Distribution and causation of leprosy in British India
Year: 1875
Disease focus: Leprosy
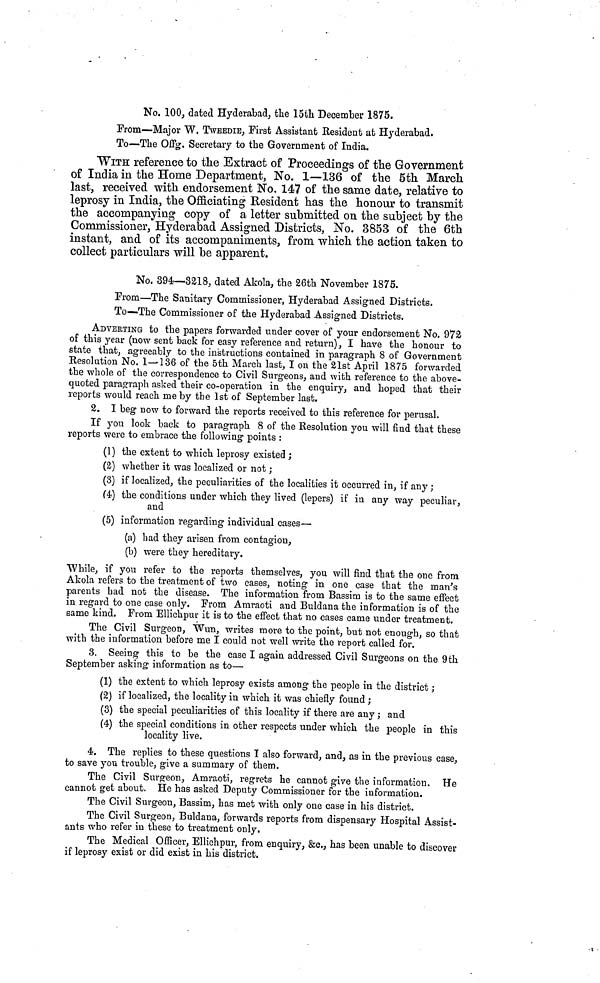
No. 100, dated Hyderabad, the 15th December 1875.
From—Major W. TWEEDIE, First Assistant Resident at Hyderabad.
To—The Offg. Secretary to the Government of India.
WITH reference to the Extract of Proceedings of the Government
of India in the Home Department, No. 1—136 of the 5th March
last, received with endorsement No. 147 of the same date, relative to
leprosy in India, the Officiating Resident has the honour to transmit
the accompanying copy of a letter submitted on the subject by the
Commissioner, Hyderabad Assigned Districts, No. 3853 of the 6th
instant, and of its accompaniments, from which the action taken to
collect particulars will be apparent.
No. 394—3218, dated Akola, the 26th November 1875.
From—The Sanitary Commissioner, Hyderabad Assigned Districts.
To—The Commissioner of the Hyderabad Assigned Districts.
ADVERTING to the papers forwarded under cover of your endorsement No. 972
of this year (now sent back for easy reference and return), I have the honour to
state that, agreeably to the instructions contained in paragraph 8 of Government
Resolution No. 1—136 of the 5th March last, I on the 21st April 1875 forwarded
the whole of the correspondence to Civil Surgeons, and with reference to the above-
quoted paragraph asked their co-operation in the enquiry, and hoped that their
reports would reach me by the 1st of September last.
2. I beg now to forward the reports received to this reference for perusal.
If you look back to paragraph 8 of the Resolution you will find that these
reports were to embrace the following points :
(1) the extent to which leprosy existed ;
(2) whether it was localized or not ;
(3) if localized, the peculiarities of the localities it occurred in, if any ;
(4) the conditions under which they lived (lepers) if in any way peculiar,
and
(5) information regarding individual cases—
(a) had they arisen from contagion,
(b) were they hereditary.
While, if you refer to the reports themselves, you will find that the one from
Akola refers to the treatment of two cases, noting in one case that the man's
parents had not the disease. The information from Bassim is to the same effect
in regard to one case only. From Amraoti and Buldana the information is of the
same kind, From Ellichpur it is to the effect that no cases came under treatment.
The Civil Surgeon, Wun, writes more to the point, but not enough, so that
with the information before me I could not well write the report called for.
3. Seeing this to be the case I again addressed Civil Surgeons on the 9th
September asking information as to—
(1) the extent to which leprosy exists among the people in the district -,
(2) if localized, the locality in which it was chiefly found ;
(3) the special peculiarities of this locality if there are any ; and
(4) the special conditions in other respects under which the people in this
locality live.
4. The replies to these questions I also forward, and, as in the previous case,
to save yon trouble, give a summary of them.
The Civil Surgeon, Amraoti, regrets he cannot give the information. He
cannot get about. He has asked Deputy Commissioner for the information.
The Civil Surgeon, Bassim, has met with only one case in his district.
The Civil Surgeon, Buldana, forwards reports from dispensary Hospital Assist-
ants who refer in these to treatment only.
The Medical Officer, Ellichpur, from enquiry, &c., has been unable to discover
if leprosy exist or did exist in his district.